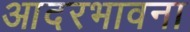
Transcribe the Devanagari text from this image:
आदरभावना